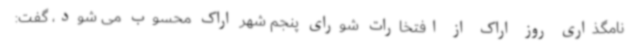
نامگذاری روز اراک از افتخارات شورای پنجم شهر اراک محسوب می شود، گفت: